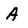
Character: A